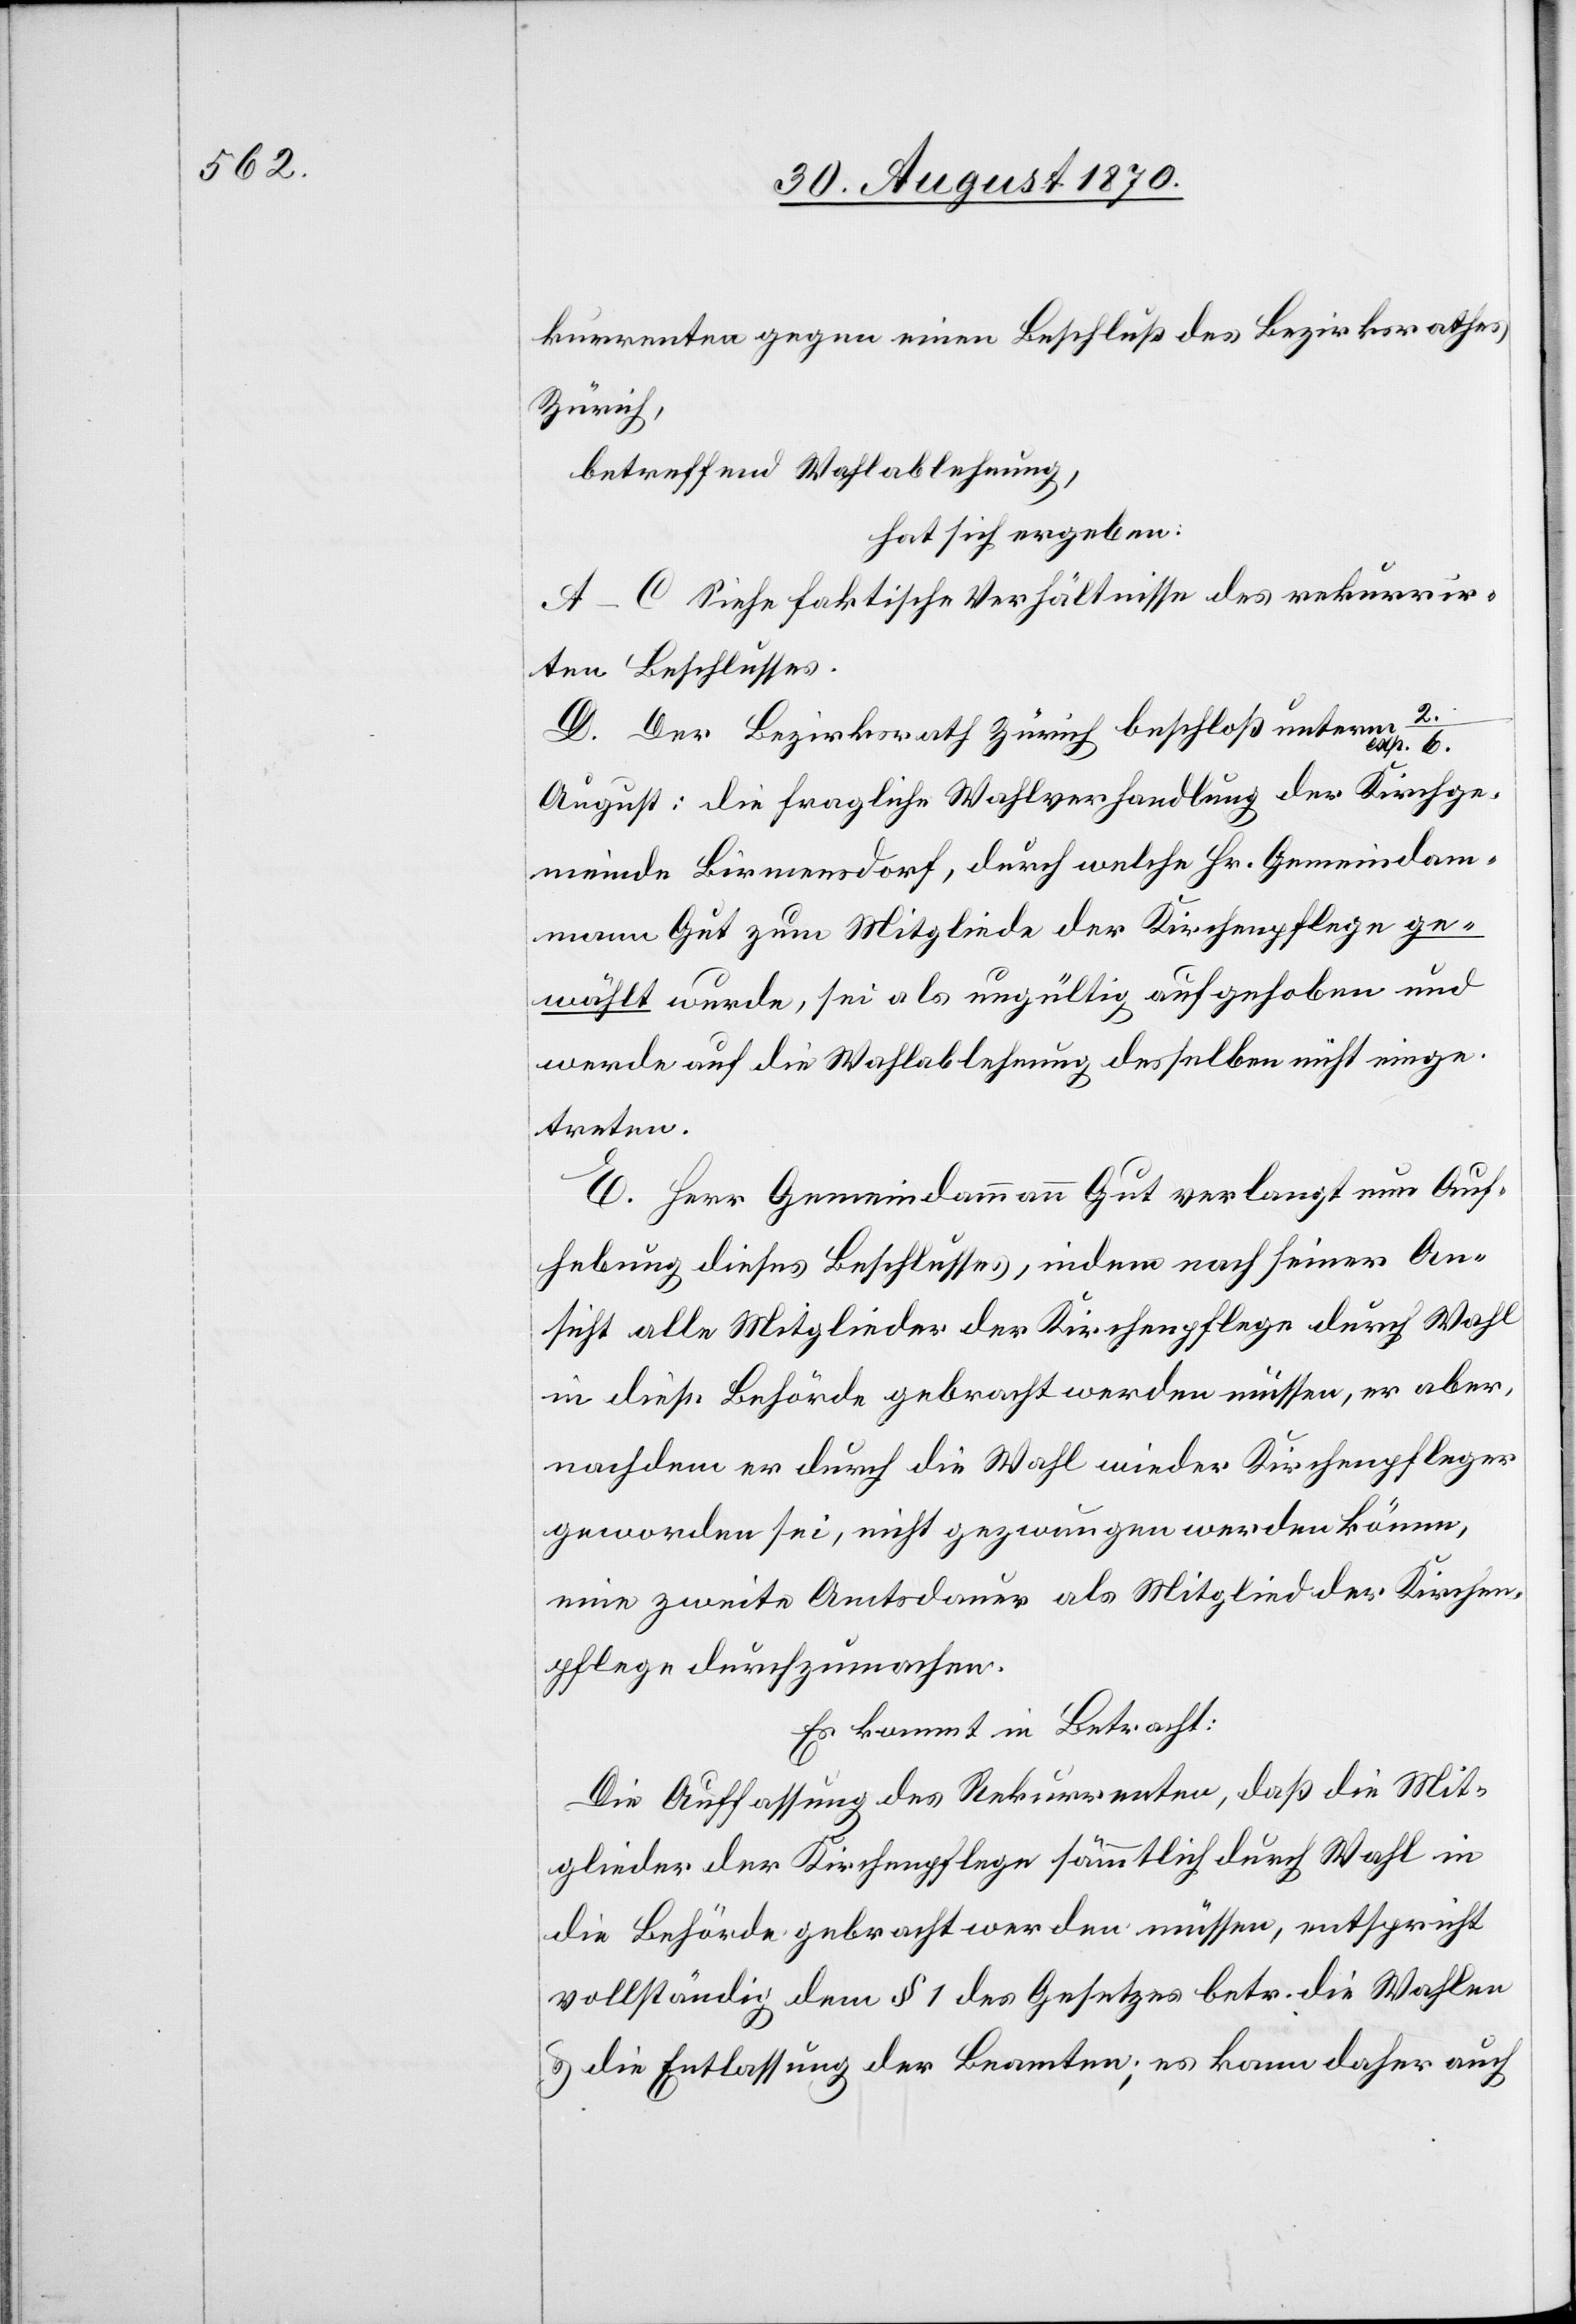
kurrenten gegen einen Beschluß des Bezirksrathes
Zürich,
betreffend Wahlablehnung,
hat sich ergeben:
A–C Siehe faktische Verhältnisse des rekurrir¬
ten Beschlusses.
D. Der Bezirksrath Zürich beschloß unterm 2./e¬
xp. 6
August: die fragliche Wahlverhandlung der Kirchge¬
meinde Birmensdorf, durch welche Hr. Gemeindam¬
mann gut zum Mitgliede der Kirchenpflege ge¬
wählt wurde, sei als ungültig aufgehoben und
werde auf die Wahlablehnung desselben nicht einge¬
treten.
E. Herr Gemeindammann Gut verlangt nun Auf¬
hebung dieses Beschlusses, indem nach seiner An¬
sicht alle Mitglieder der Kirchenpflege durch Wahl
in diese Behörde gebracht werden müssen, er aber,
nachdem er durch die Wahl wieder Kirchenpfleger
geworden sei, nicht gezwungen werden könne,
eine zweite Amtsdauer als Mitglied der Kirchen¬
pflege durchzumachen.
Es kommt in Betracht:
Die Auffassung des Rekurrenten, daß die Mit¬
glieder der Kirchenpflege sämmtlich durch Wahl in
die Behörde gebracht werden müssen, entspricht
vollständig dem § 1 des Gesetzes betr. die Wahlen
& die Entlassung der Beamten; es kann daher auch